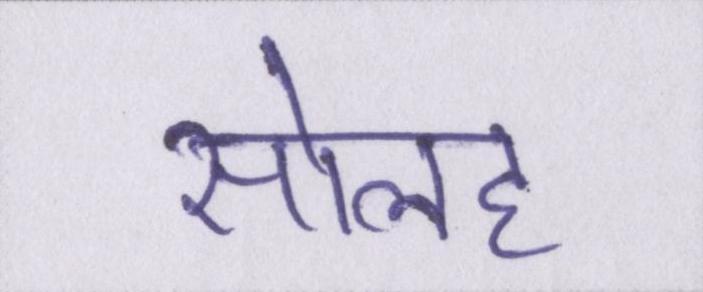
सोलह